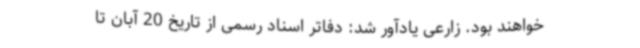
خواهند بود. زارعی یادآور شد: دفاتر اسناد رسمی از تاریخ 20 آبان تا